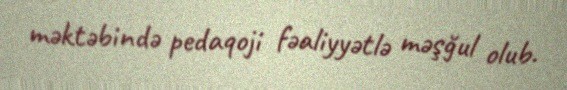
məktəbində pedaqoji fəaliyyətlə məşğul olub.